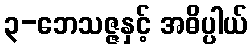
၃-ဘေသဇ္ဇနှင့် အဓိပ္ပါယ်